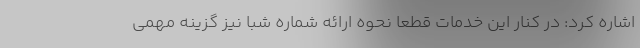
اشاره کرد: در کنار این خدمات قطعا نحوه ارائه شماره شبا نیز گزینه مهمی